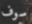
سوف